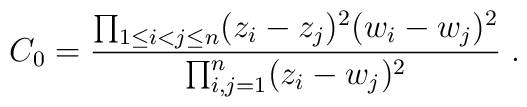
C_0 =\frac{\prod_{1 \leq i < j \leq n} (z_i - z_j )^2 ( w_i - w_j )^2 }{\prod_{i,j = 1}^n ( z_i - w_j )^2 } \; .